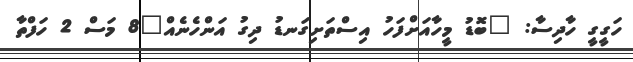
ހަގީގީ ހާދިސާ: "ބޮޑު މީހާއަށްފަހު އިސްތަށިގަނޑު ދިގު އަންހެނެއް"8 މަސް 2 ހަފްތާ